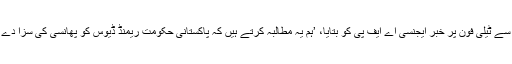
اس بارے میں تحریک طالبان پاکستان کے ترجمان اعظم طارق نے ایک نامعلوم جگھ سے ٹیلی فون پر خبر ایجنسی اے ایف پی کو بتایا، ’ہم یہ مطالبہ کرتے ہیں کہ پاکستانی حکومت ریمنڈ ڈیوس کو پھانسی کی سزا دے یا پھر اسے ہمارے حوالے کر دیا جائے، ہم اس کی قسمت کا فیصلہ خود کر لیں گے۔